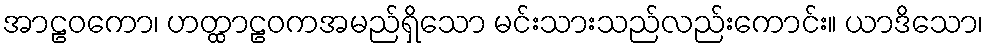
အာဠဝကော၊ ဟတ္ထာဠဝကအမည်ရှိသော မင်းသားသည်လည်းကောင်း။ ယာဒိသော၊